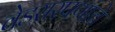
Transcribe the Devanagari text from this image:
वेडसरपणाचे